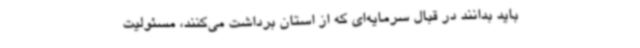
باید بدانند در قبال سرمایه‌ای که از استان برداشت می‌کنند، مسئولیت